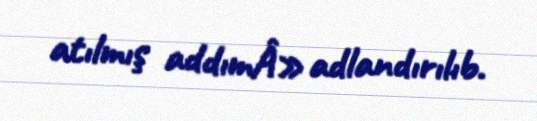
atılmış addımÂ» adlandırılıb.